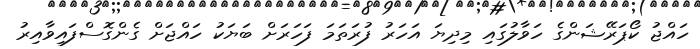
ހައްޖު ކޯޕަރޭޝަންގެ ހަވާލުގައި މިދިޔަ އަހަރު ފުރަތަމަ ފަހަރަށް ބަޔަކު ހައްޖަށް ގެންގޮސްފައިވާއިރު